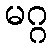
မဂ္ဂ